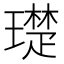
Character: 璴